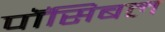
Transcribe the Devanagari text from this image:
पॉसिबल